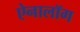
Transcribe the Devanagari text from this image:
ऐनालॉग